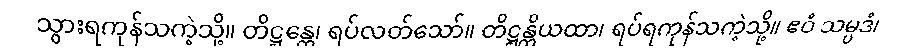
သွားရကုန်သကဲ့သို့။ တိဋ္ဌန္တေ၊ ရပ်လတ်သော်။ တိဋ္ဌန္တိယထာ၊ ရပ်ရကုန်သကဲ့သို့။ ဧဝံ သမ္ပဒံ၊